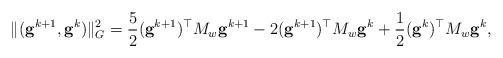
LaTeX: \begin{align*} \|(\mathbf{g}^{k+1},\mathbf{g}^k)\|_G^2 = \frac52(\mathbf{g}^{k+1})^\top M_w \mathbf{g}^{k+1}- 2(\mathbf{g}^{k+1})^\top M_w\mathbf{g}^{k} + \frac12(\mathbf{g}^{k})^\top M_w\mathbf{g}^{k},\end{align*}